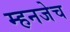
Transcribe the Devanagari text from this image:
म्हनजेच